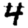
Digit: 4